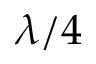
\lambda / 4